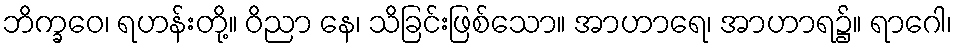
ဘိက္ခဝေ၊ ရဟန်းတို့။ ဝိညာ နေ၊ သိခြင်းဖြစ်သော။ အာဟာရေ၊ အာဟာရ၌။ ရာဂေါ၊